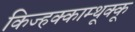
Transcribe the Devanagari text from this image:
किज्हक्काम्थूक्कू